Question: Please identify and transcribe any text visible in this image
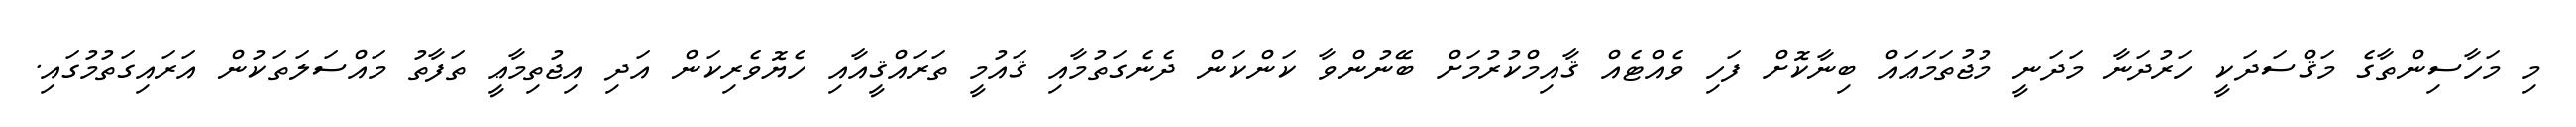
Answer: މި މަހާސިންތާގެ މަޤްސަދަކީ ހަރުދަނާ މަދަނީ މުޖުތަމަޢައް ބިނާކޮށް ފަހި ވެއްޓެއް ޤާއިމްކުރުމަށް ބޭނުންވާ ކަންކަން ދެނެގަތުމާއި ޤައުމީ ތަރައްޤީއާއި ހެޔޮވެރިކަން އަދި އިޖުތިމާޢީ ތަފާތު މައްސަލަތަކުން އަރައިގަތުމުގައި.